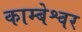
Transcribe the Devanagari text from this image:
काम्बेश्वर